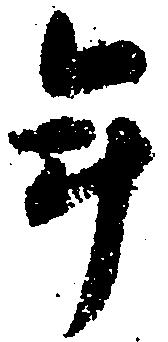
年